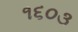
૧૬૦૩